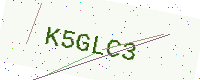
Text: K5GLC3